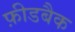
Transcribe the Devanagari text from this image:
फ़ीडबैक